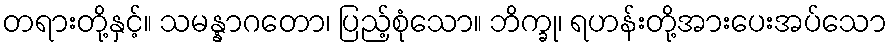
တရားတို့နှင့်။ သမန္နာဂတော၊ ပြည့်စုံသော။ ဘိက္ခု၊ ရဟန်းတို့အားပေးအပ်သော